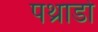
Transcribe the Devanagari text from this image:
पथ्राडो